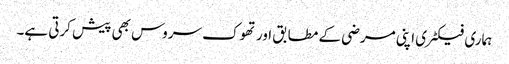
ہماری فیکٹری اپنی مرضی کے مطابق اور تھوک سروس بھی پیش کرتی ہے۔